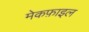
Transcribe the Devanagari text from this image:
मेकफ़ाइल